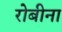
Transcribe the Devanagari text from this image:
रोबीना